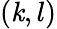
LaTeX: (\mathit{k},l)